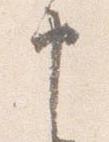
申